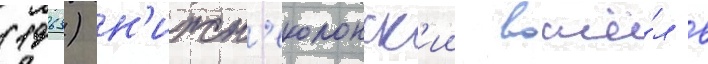
(1963) н'ижн'еколонск'ии вошё́л в